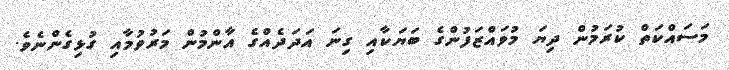
މަސައްކަތް ކުރަމުން ދިޔަ މުވައްޒަފުންގެ ބަޔަކާއި ގިނަ އަދަދެއްގެ އާންމުން މަރުވުމާއި ގުޅިގެންނެވެ.